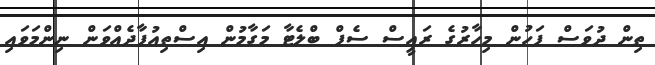
ތިން ދުވަސް ފަހުން މިހާރުގެ ރައީސް ސެޕް ބްލެޓާ މަގާމުން އިސްތިއުފާދެއްވަން ނިންމަވައި